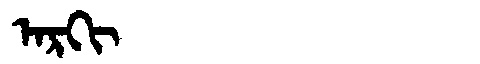
Manchu: ᠠᡵᡴᡳ
Romanization: ARKI